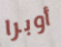
أوبرا